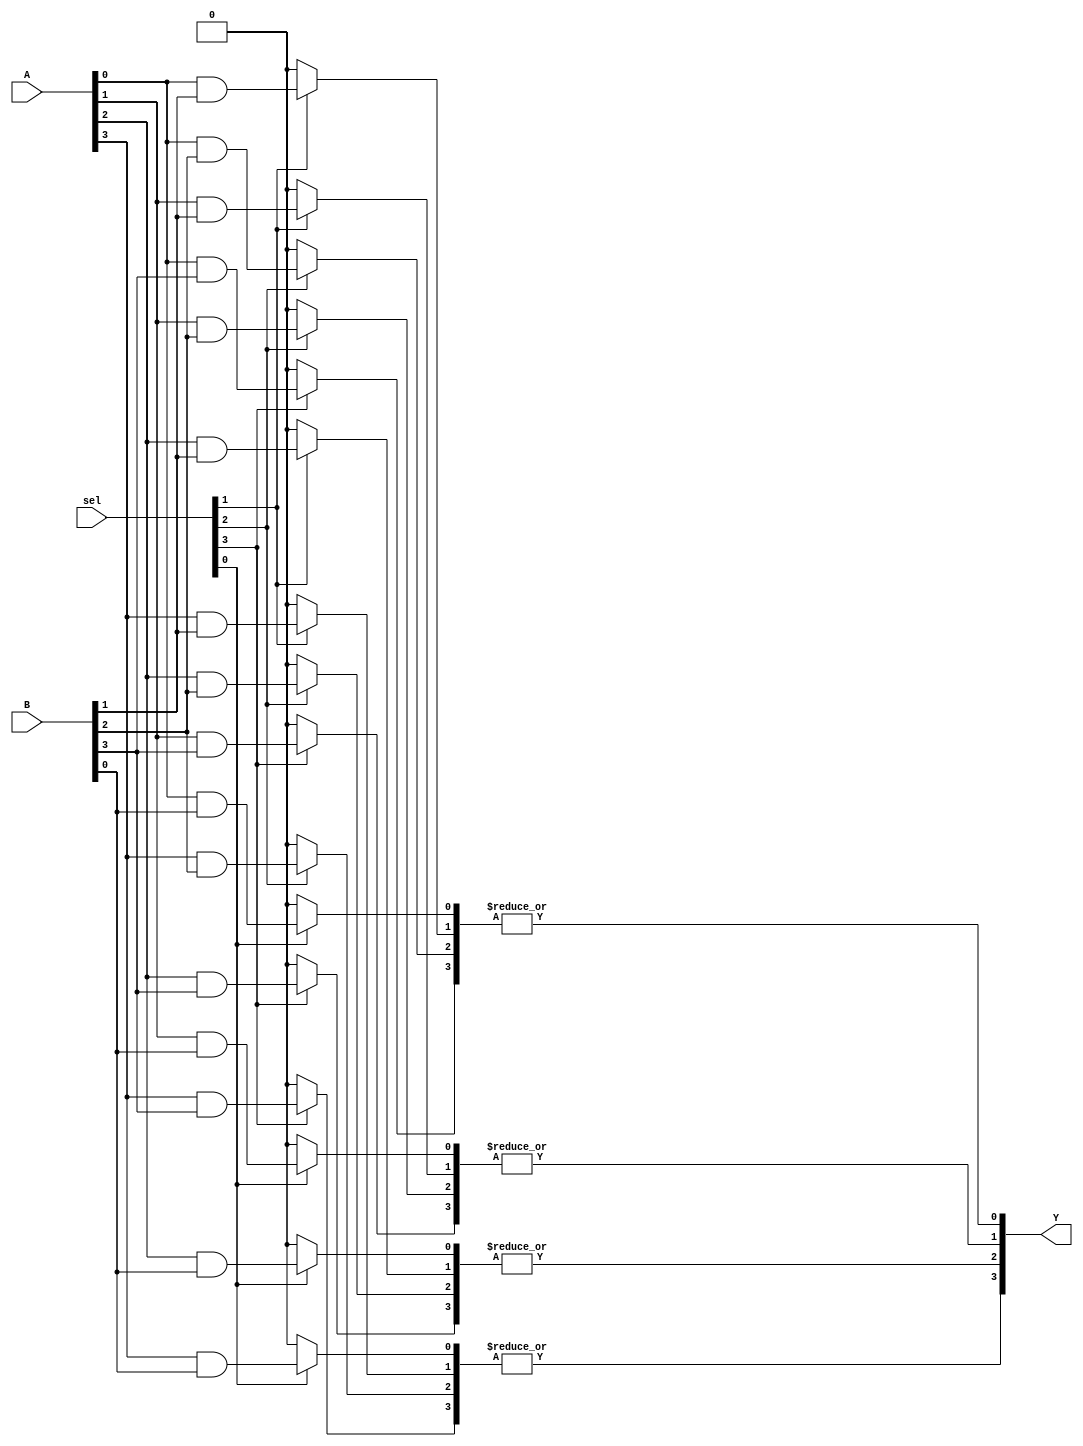
module hs_pal (
    input wire [N-1:0] A,        // Input signals (N inputs)
    input wire [M-1:0] B,        // Additional input signals (M inputs)
    input wire [P-1:0] sel,      // Select lines for programmable connections
    output wire [O-1:0] Y        // Output signals (O outputs)
);

// Parameters for configuration
parameter N = 8;              // Number of input signals
parameter M = 8;              // Number of additional input signals (can be combined)
parameter P = 4;              // Number of select lines for AND gates
parameter O = 4;              // Number of output signals
parameter AND_TERMS = 4;      // Number of product terms from AND array

// Internal wires for AND gate outputs
wire [AND_TERMS-1:0] and_output [0:O-1];

// Programmable AND array logic
genvar i, j;
generate
    for (i = 0; i < O; i = i + 1) begin : and_logic
        for (j = 0; j < AND_TERMS; j = j + 1) begin : and_terms
            assign and_output[i][j] = (sel[j] == 1'b1) ? (A[i] & B[j]) : 1'b0;
        end
        // Combining multiple product terms using OR gates
        assign Y[i] = |and_output[i]; // Fixed OR logic combining the AND outputs
    end
endgenerate

endmodule